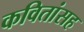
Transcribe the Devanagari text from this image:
कवितांसह